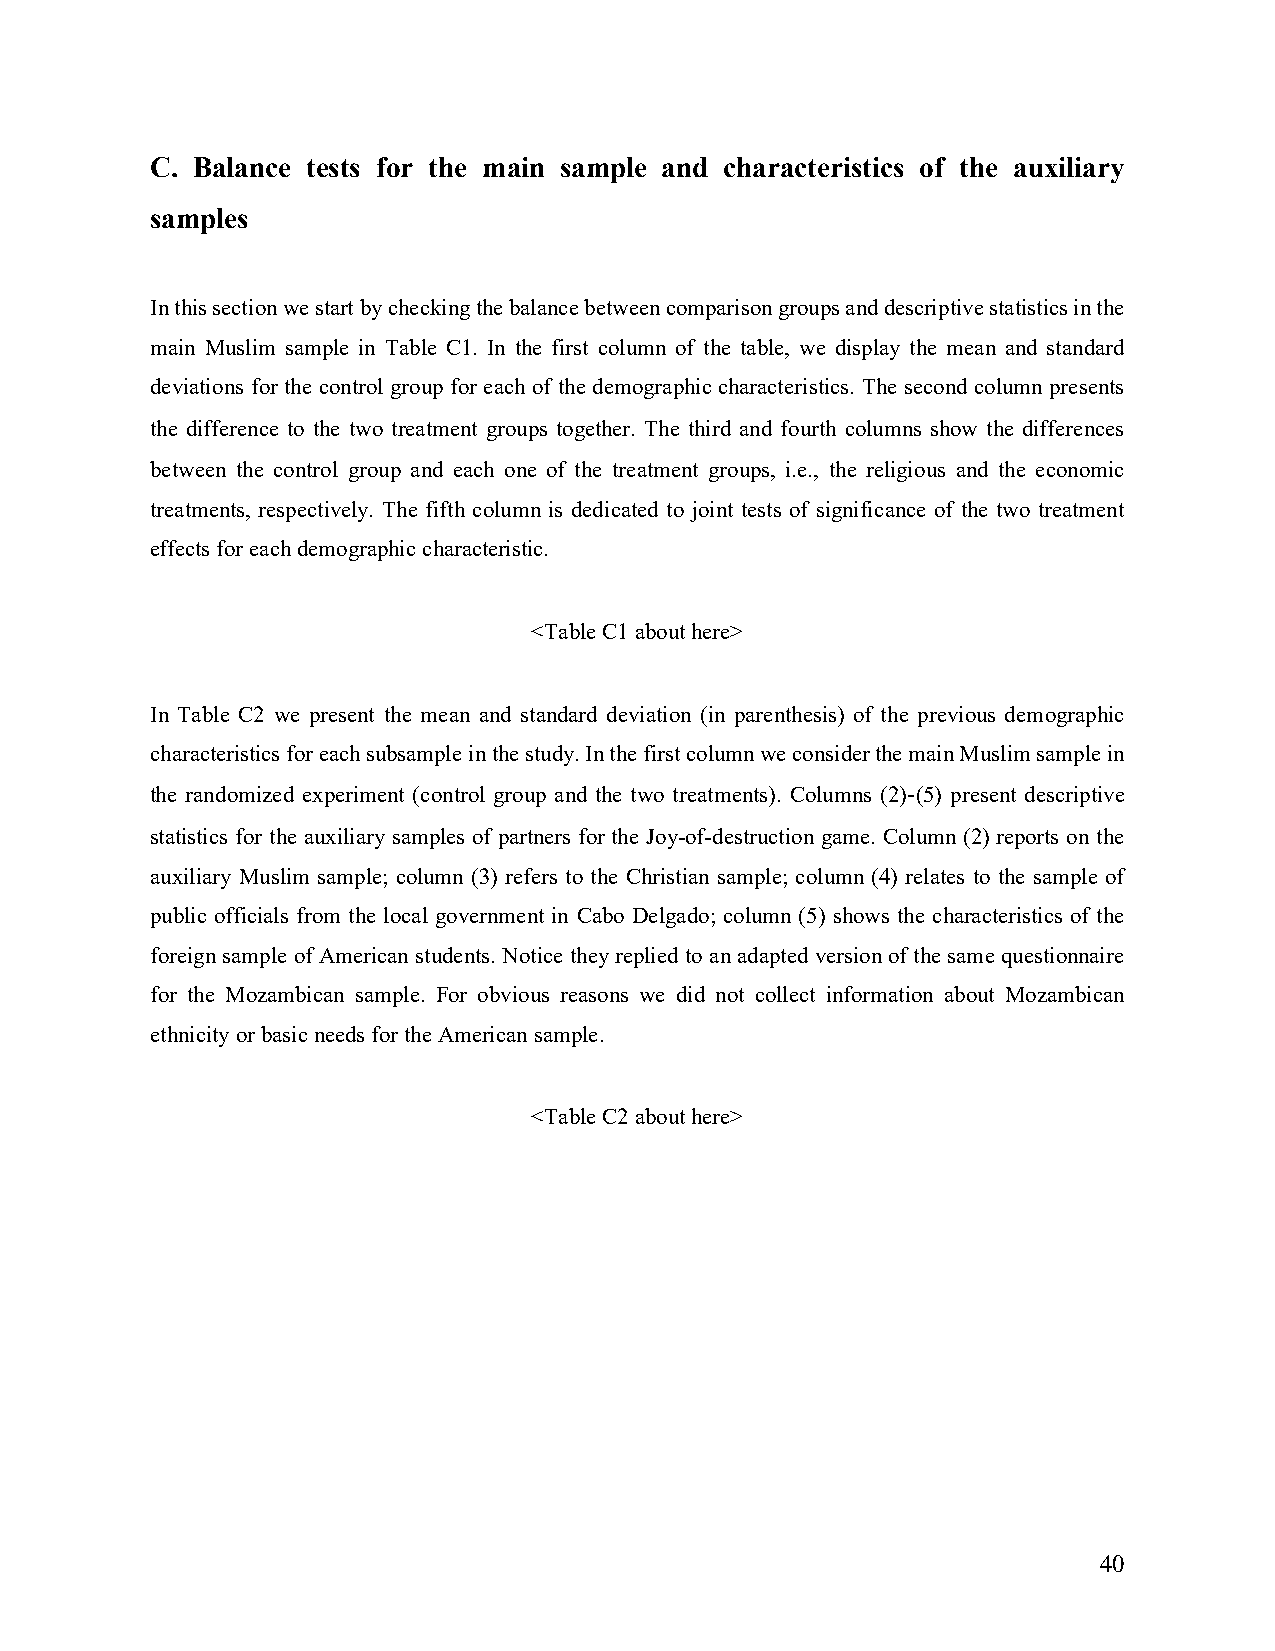
C. Balance tests for the main sample and characteristics of the auxiliary
 samples
 In this section we start by checking the balance between comparison groups and descriptive statistics in the
 main Muslim sample in Table C1. In the first column of the table, we display the mean and standard
 deviations for the control group for each of the demographic characteristics. The second column presents
 the difference to the two treatment groups together. The third and fourth columns show the differences
 between the control group and each one of the treatment groups, i.e., the religious and the economic
 treatments, respectively. The fifth column is dedicated to joint tests of significance of the two treatment
 effects for each demographic characteristic.
 <Table C1 about here>
 In Table C2 we present the mean and standard deviation (in parenthesis) of the previous demographic
 characteristics for each subsample in the study. In the first column we consider the main Muslim sample in
 the randomized experiment (control group and the two treatments). Columns (2)-(5) present descriptive
 statistics for the auxiliary samples of partners for the Joy-of-destruction game. Column (2) reports on the
 auxiliary Muslim sample; column (3) refers to the Christian sample; column (4) relates to the sample of
 public officials from the local government in Cabo Delgado; column (5) shows the characteristics of the
 foreign sample of American students. Notice they replied to an adapted version of the same questionnaire
 for the Mozambican sample. For obvious reasons we did not collect information about Mozambican
 ethnicity or basic needs for the American sample.
 <Table C2 about here>
 40